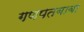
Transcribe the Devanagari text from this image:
गणपतबाबा